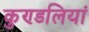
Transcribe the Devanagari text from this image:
कुण्‍डलियां